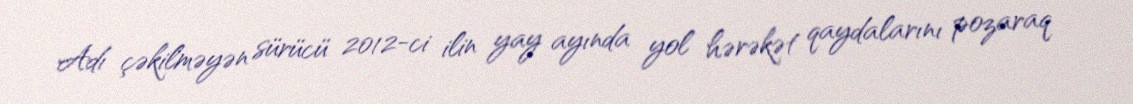
Adı çəkilməyən sürücü 2012-ci ilin yay ayında yol hərəkət qaydalarını pozaraq